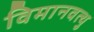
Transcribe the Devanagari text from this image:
विमानवत्थु